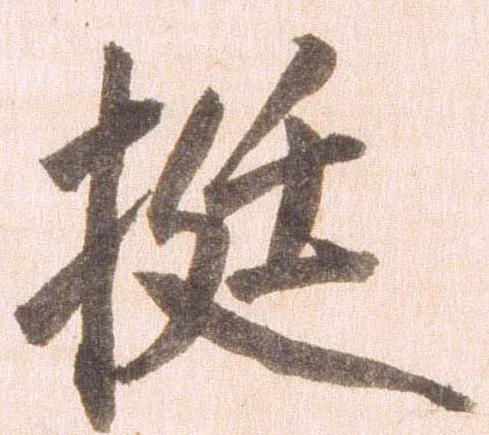
挺